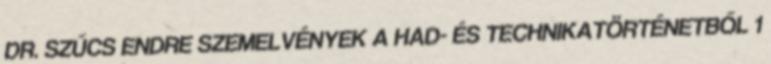
DR. SZŰCS ENDRE SZEMELVÉNYEK A HAD- ÉS TECHNIKATÖRTÉNETBŐL 1